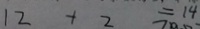
1 2 + 2 = 1 4